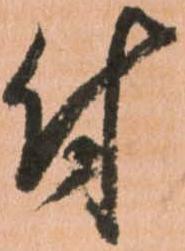
付